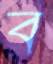
ব